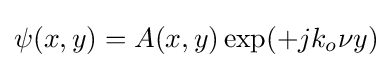
\psi (x,y)=A(x,y)\exp(+jk_{o}\nu y)